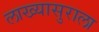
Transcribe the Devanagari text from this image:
लाख्यासुराला